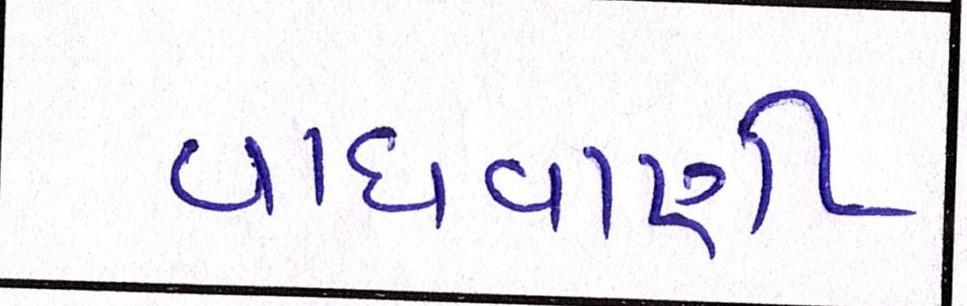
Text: વાધવાણી